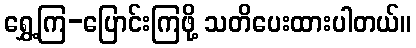
ရွှေ့ကြ-ပြောင်းကြဖို့ သတိပေးထားပါတယ်။